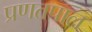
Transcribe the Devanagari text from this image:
प्रणतपाल